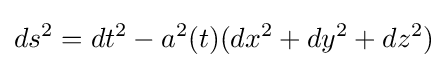
ds^{2}=dt^{2}-a^{2}(t)(dx^{2}+dy^{2}+dz^{2})